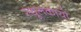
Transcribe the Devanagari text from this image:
स्थूलकायो